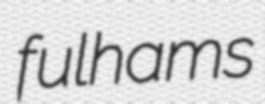
fulhams